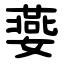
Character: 嬊